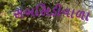
સબસિડીવાળા